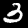
Digit: 3